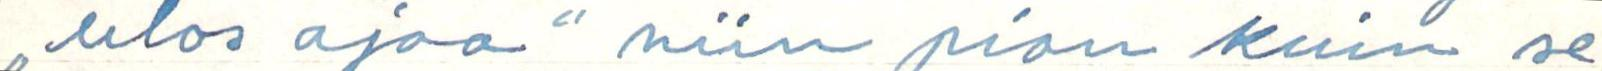
,,ulos ajaa" niin pian kuin se